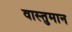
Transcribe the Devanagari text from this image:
वास्तुमान